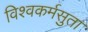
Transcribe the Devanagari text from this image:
विश्वकर्मसुता